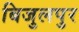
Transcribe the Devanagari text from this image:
बिजुलपुर